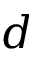
d